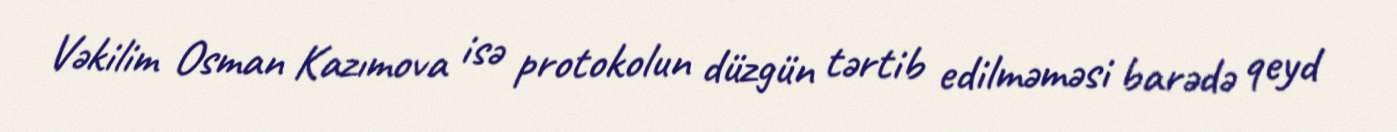
Vəkilim Osman Kazımova isə protokolun düzgün tərtib edilməməsi barədə qeyd